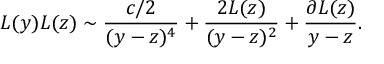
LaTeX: L ( y ) L ( z ) \sim \frac { c / 2 } { ( y - z ) ^ { 4 } } + \frac { 2 L ( z ) } { ( y - z ) ^ { 2 } } + \frac { \partial L ( z ) } { y - z } .